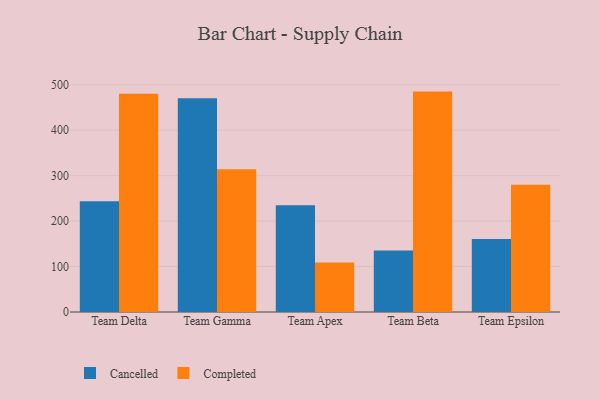
{"axis": {"x": "Team", "y": "Waste Production (Tons)"}, "legend": ["Cancelled", "Completed"], "data": [{"x": "Team Delta", "y": 243.8, "type": "Cancelled"}, {"x": "Team Delta", "y": 480.1, "type": "Completed"}, {"x": "Team Gamma", "y": 470.5, "type": "Cancelled"}, {"x": "Team Gamma", "y": 313.9, "type": "Completed"}, {"x": "Team Apex", "y": 234.9, "type": "Cancelled"}, {"x": "Team Apex", "y": 109.1, "type": "Completed"}, {"x": "Team Beta", "y": 135.2, "type": "Cancelled"}, {"x": "Team Beta", "y": 484.9, "type": "Completed"}, {"x": "Team Epsilon", "y": 160.4, "type": "Cancelled"}, {"x": "Team Epsilon", "y": 279.8, "type": "Completed"}]}